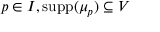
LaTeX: p \in I , \operatorname { s u p p } ( \mu _ { p } ) \subseteq V